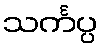
သင်္ကပ္ပ